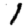
Digit: 1